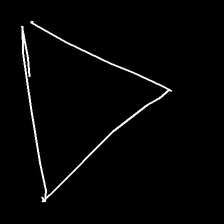
Glyph: convergence